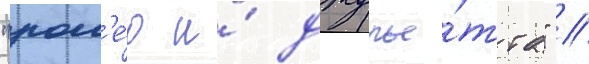
"ром'е́о и́ джулье́тта" //